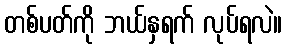
တစ်ပတ်ကို ဘယ်နှရက် လုပ်ရလဲ။